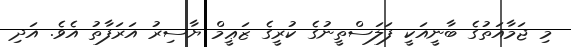
މި ޖަމާއަތުގެ ބާނީއަކީ ފަލަސްތީނުގެ ކުރީގެ ޒަޢީމް ޔާސިރު އަރަފާތު އެވެ. އަދި